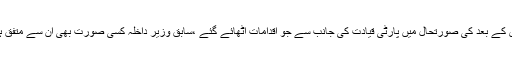
پانامہ کیسسز اور اس کے بعد کی صورتحال میں پارٹی قیادت کی جانب سے جو اقدامات اٹھائے گئے ،سابق وزیر داخلہ کسی صورت بھی ان سے متفق ہونے پر راضی نہیں۔